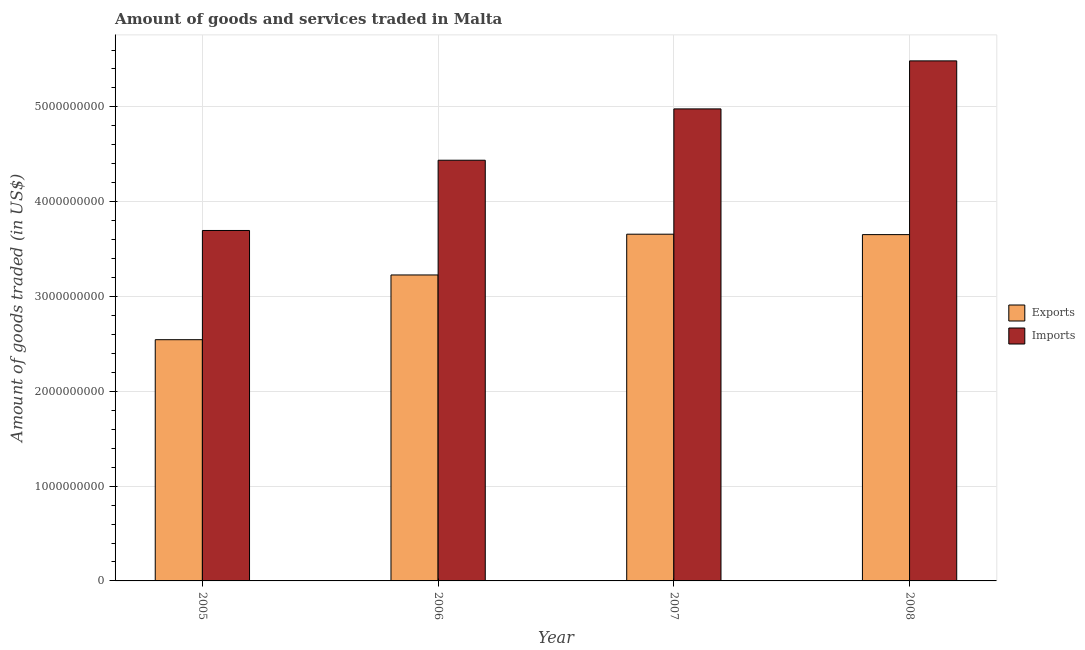
| Year | Exports | Imports |
 | --- | --- | --- |
 | 2005 | 2.54e+09 | 3.7e+09 |
 | 2006 | 3.23e+09 | 4.44e+09 |
 | 2007 | 3.66e+09 | 4.98e+09 |
 | 2008 | 3.65e+09 | 5.49e+09 |